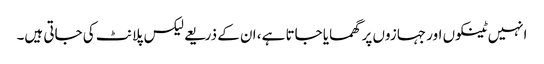
انہیں ٹینکوں اور جہازوں پر گھمایا جاتا ہے، ان کے ذریعے لیکس پلانٹ کی جاتی ہیں۔